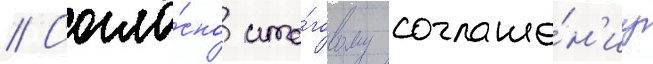
// Согла́сно ито́говому соглаше́н'иу